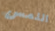
اللمس